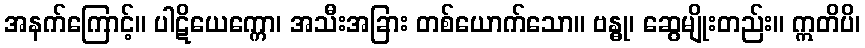
အနက်ကြောင့်။ ပါဋိယေက္ကော၊ အသီးအခြား တစ်ယောက်သော။ ဗန္ဓု၊ ဆွေမျိုးတည်း။ ဣတိပိ၊